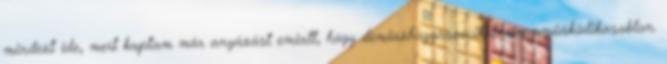
mindezt ide, mert kaptam már anyázást emiatt, hogy demiazhogyaszócikkbennemműáködikasablon.